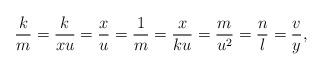
\begin{align*}\frac km =\frac k{xu} =\frac xu =\frac1m =\frac x{ku} =\frac m{u^2} =\frac nl =\frac vy,\end{align*}